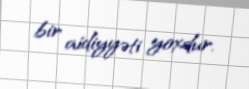
bir aidiyyəti yoxdur.